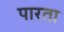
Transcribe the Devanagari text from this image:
पारता